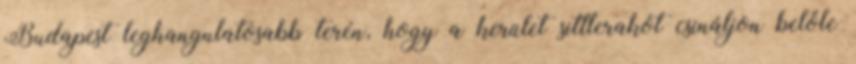
Budapest leghangulatosabb terén, hogy a kerület sittlerakót csináljon belőle